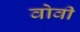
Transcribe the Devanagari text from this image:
वोवी